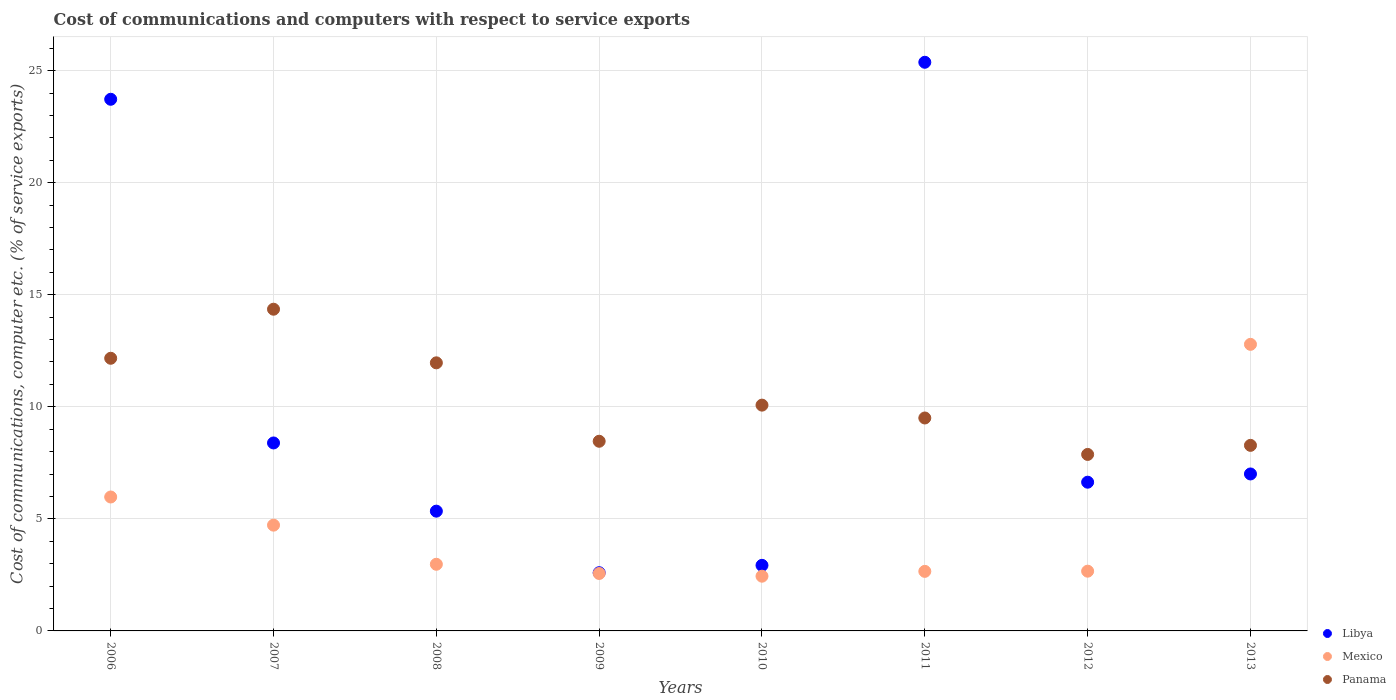
| Years | Libya | Mexico | Panama |
 | --- | --- | --- | --- |
 | 2006 | 23.7 | 5.98 | 12.2 |
 | 2007 | 8.39 | 4.72 | 14.4 |
 | 2008 | 5.34 | 2.97 | 12 |
 | 2009 | 2.6 | 2.56 | 8.46 |
 | 2010 | 2.93 | 2.44 | 10.1 |
 | 2011 | 25.4 | 2.66 | 9.5 |
 | 2012 | 6.64 | 2.67 | 7.87 |
 | 2013 | 7 | 12.8 | 8.28 |